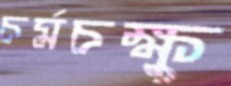
চর্মচক্ষু